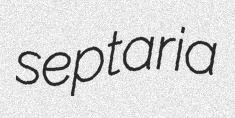
septaria